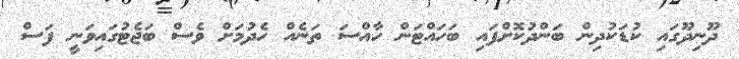
ދޫނިދޫގައި ކުޑަކުދިން ބަންދުކޮށްފައި ބަހައްޓަން ހާއްސަ ތަނެއް ހެދުމަށް ވެސް ބަޖެޓުގައިވަނީ ފަސް